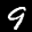
Label: 9